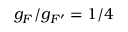
g _ { F } / g _ { F ^ { \prime } } = 1 / 4